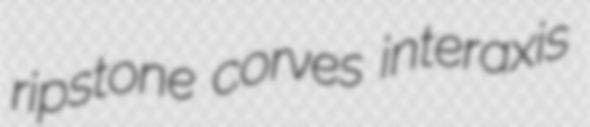
ripstone corves interaxis